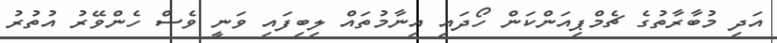
އަދި މުބާރާތުގެ ޗެމްޕިއަންކަން ހޯދައި އިނާމުތައް ލިބިފައި ވަނީ ވެސް ހެންވޭރު އުތުރު